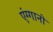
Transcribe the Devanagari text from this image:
एंग्गानो